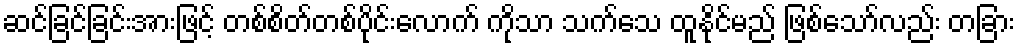
ဆင်ခြင်ခြင်းအားဖြင့် တစ်စိတ်တစ်ပိုင်းလောက် ကိုသာ သက်သေ ထူနိုင်မည် ဖြစ်သော်လည်း တခြား